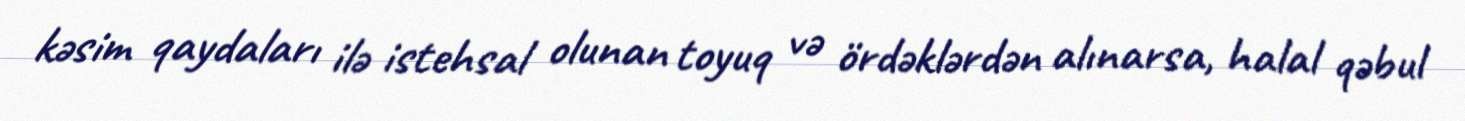
kəsim qaydaları ilə istehsal olunan toyuq və ördəklərdən alınarsa, halal qəbul